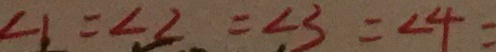
\angle 1 = \angle 2 = \angle 3 = \angle 4 =